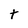
Character: t